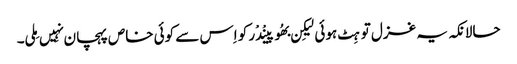
حالانکہ یہ غزل تو ہِٹ ہوئی لیکِن بھُوپینْدْر کو اِس سے کوئی خاص پہچان نہِیں مِلی۔